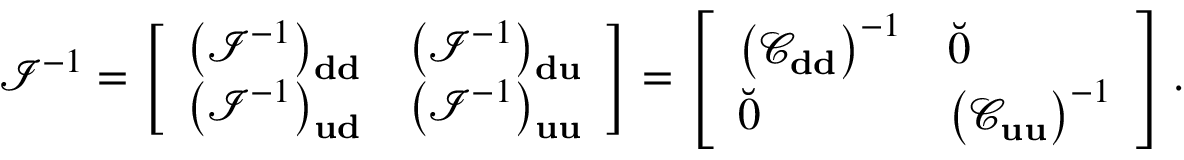
\mathcal { I } ^ { - 1 } = \left[ \begin{array} { l l } { \left( \mathcal { I } ^ { - 1 } \right) _ { \bf d d } } & { \left( \mathcal { I } ^ { - 1 } \right) _ { \bf d u } } \\ { \left( \mathcal { I } ^ { - 1 } \right) _ { \bf u d } } & { \left( \mathcal { I } ^ { - 1 } \right) _ { \bf u u } } \end{array} \right] = \left[ \begin{array} { l l } { \left( \mathcal { C } _ { \bf d d } \right) ^ { - 1 } } & { \breve { 0 } } \\ { \breve { 0 } } & { \left( \mathcal { C } _ { \bf u u } \right) ^ { - 1 } } \end{array} \right] .